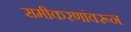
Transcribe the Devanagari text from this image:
समीकरणांवरून